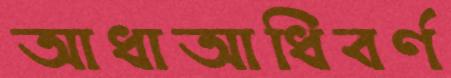
আধাআধিবর্ণ